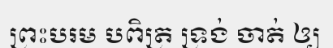
ព្រះបរម បពិត្រ ទ្រង់ ចាត់ ឲ្យ